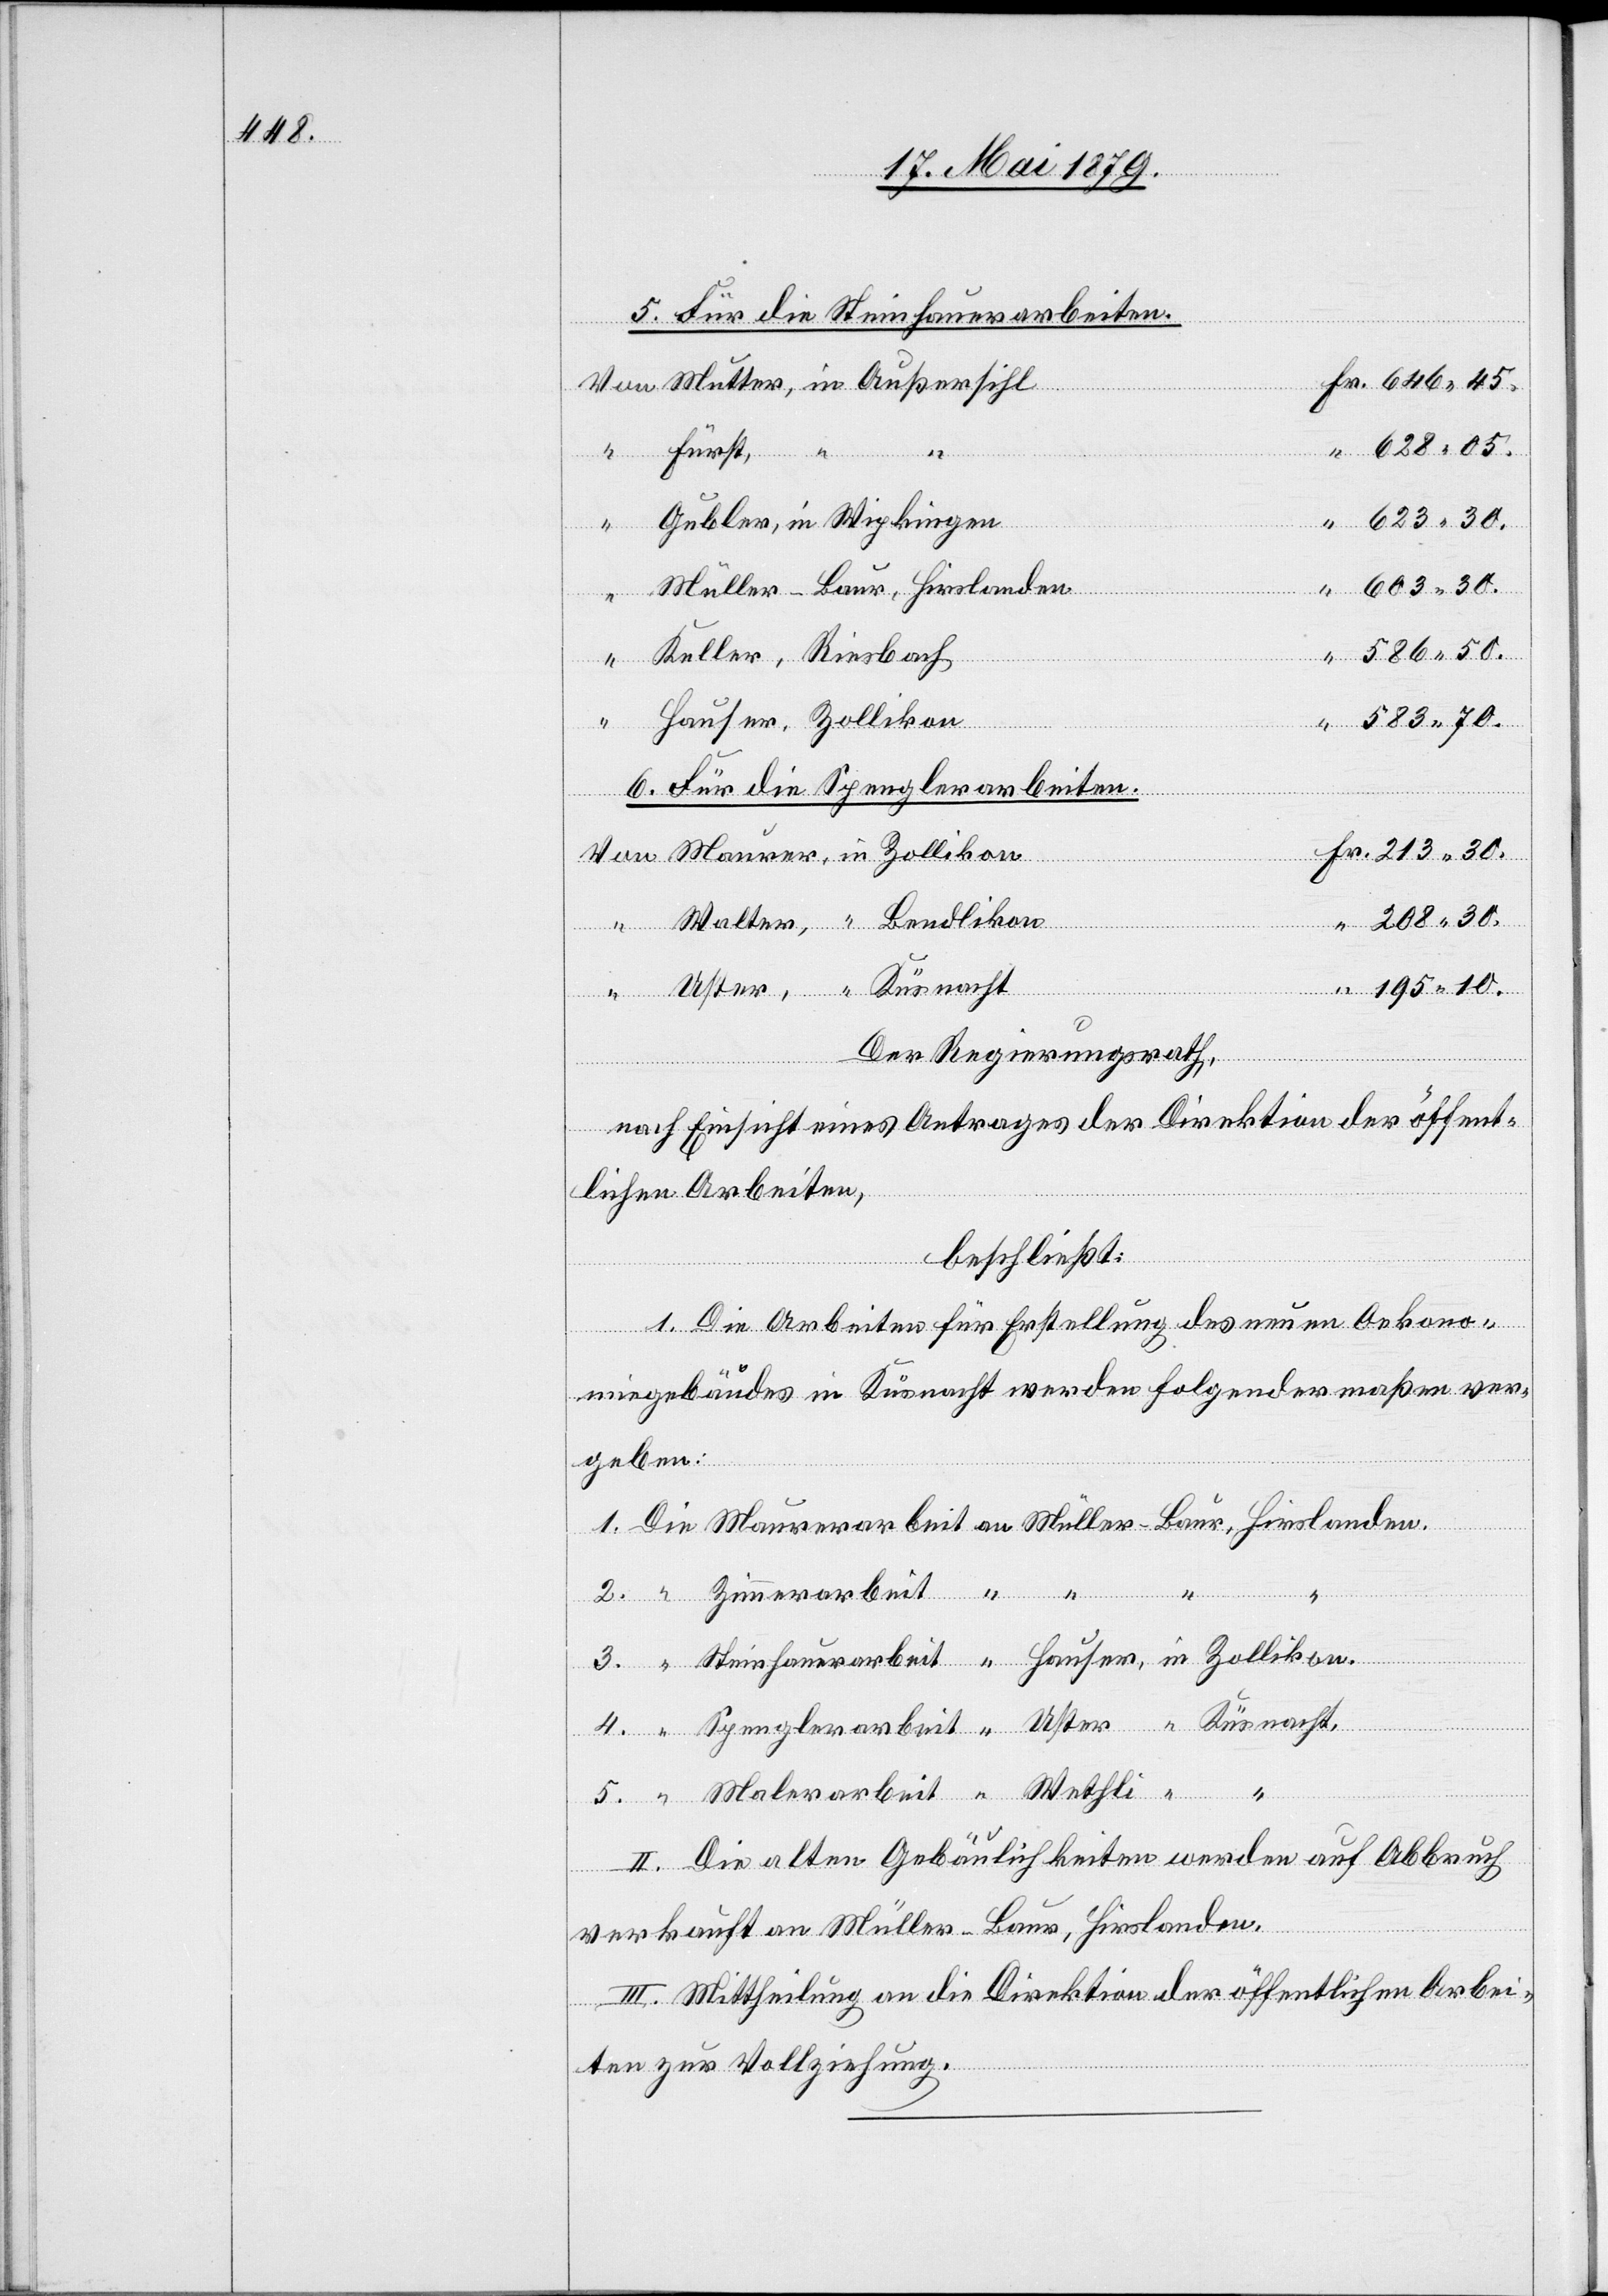
5. Für die Steinhauerarbeiten.
Mutter, in Außersihl
5.
Gubler, in Wipkingen
ter
4.
Müller-Baur, Hirslanden.
Us¬
603 30.
Keller, Riesbach
583 70.
Hauser, Zollikon
Wethli
6. Für die Spenglerarbeiten.
208 30.
195 10.
2.
Der Regierungsrath,
nach Einsicht eines Antrages der Direktion der öffent¬
lichen Arbeiten,
beschließt:
“
I. Die Arbeiten für Erstellung des neuen Oekono¬
miegebäudes in Küsnacht werden folgendermaßen ver¬
geben:
II. Die alten Gebäulichkeiten werden auf Abbruch
verkauft an Müller-Baur, Hirslanden.
III. Mittheilung an die Direktion der öffentlichen Arbei¬
Spengle¬
ten zur Vollziehung.